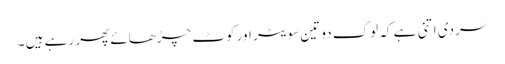
سردی اتنی ہے کہ لوگ دو تین سویٹر اور کوٹ چڑھائے پھر رہے ہیں ۔